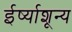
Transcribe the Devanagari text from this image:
ईर्ष्याशून्य